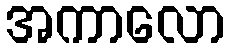
အကာလော